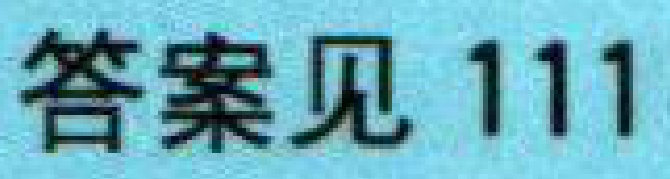
答案见\ 111\)